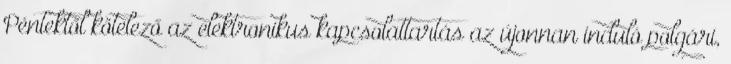
Péntektől kötelező az elektronikus kapcsolattartás az újonnan induló polgári,